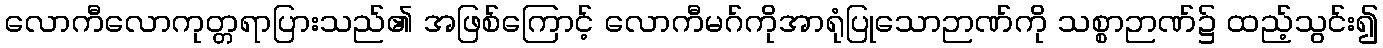
လောကီလောကုတ္တရာပြားသည်၏ အဖြစ်ကြောင့် လောကီမဂ်ကိုအာရုံပြုသောဉာဏ်ကို သစ္စာဉာဏ်၌ ထည့်သွင်း၍